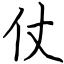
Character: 仗